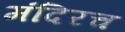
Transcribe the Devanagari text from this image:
मंदिरच